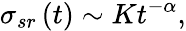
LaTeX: \sigma_{sr}\left(t\right)\sim Kt^{-\alpha},